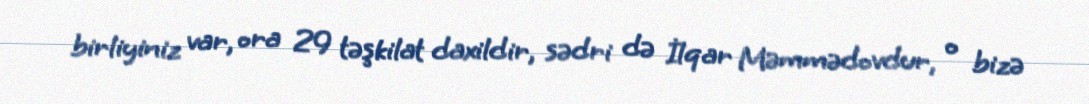
birliyiniz var, ora 29 təşkilat daxildir, sədri də İlqar Məmmədovdur, o bizə